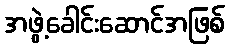
အဖွဲ့ခေါင်းဆောင်အဖြစ်